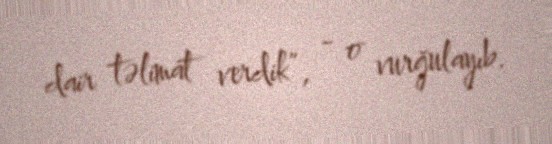
dair təlimat verdik”, - o vurğulayıb.